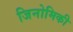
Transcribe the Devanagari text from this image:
जिनोमिकी